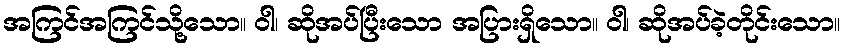
အကြင်အကြင်သို့သော။ ဝါ၊ ဆိုအပ်ပြီးသော အပြားရှိသော။ ဝါ၊ ဆိုအပ်ခဲ့တိုင်းသော။